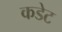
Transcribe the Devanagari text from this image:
कडेट